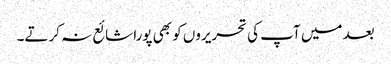
بعد میں آپ کی تحریروں کو بھی پورا شائع نہ کرتے۔